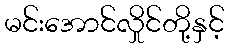
မင်းအောင်လှိုင်တို့နှင့်